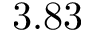
3 . 8 3